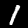
Digit: 1